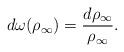
LaTeX: \begin{gather*}d\omega(\rho_{\infty})=\frac{d\rho_{\infty}}{\rho_{\infty}}.\end{gather*}